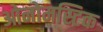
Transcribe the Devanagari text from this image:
ओनोमस्टिक